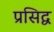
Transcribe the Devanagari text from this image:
प्रसिद्व